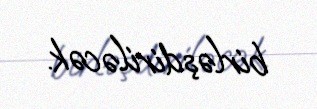
birləşdiriləcək.